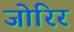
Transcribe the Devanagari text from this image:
जोरिर